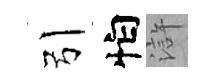
引怕滸